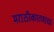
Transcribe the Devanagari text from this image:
मराठीकारणाचा